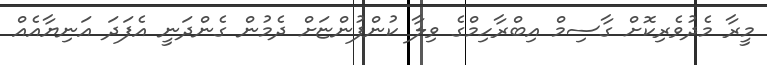
މީރާ މެދުވެރިކޮށް ގާސިމް އިބްރާހިމްގެ ވިލާ ކުންފުންޏަށް ދެމުން ގެންދަނީ އެފަދަ އަނިޔާއެއް